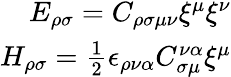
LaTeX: \begin{array}{r}{E_{\rho\sigma}=C_{\rho\sigma\mu\nu}\xi^{\mu}\xi^{\nu}}\\ {H_{\rho\sigma}=\frac{1}{2}\epsilon_{\rho\nu\alpha}C_{\sigma\mu}^{\nu\alpha}\xi^{\mu}}\end{array}